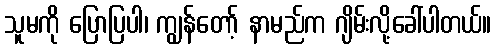
သူမကို ပြောပြပါ၊ ကျွန်တော့် နာမည်က ဂျိမ်းလို့ခေါ်ပါတယ်။